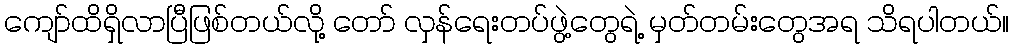
ကျော်ထိရှိလာပြီဖြစ်တယ်လို့ တော် လှန်ရေးတပ်ဖွဲ့တွေရဲ့ မှတ်တမ်းတွေအရ သိရပါတယ်။